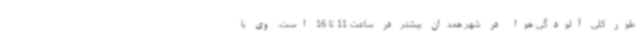
طور کلی آلودگی هوا در شهر همدان بیشتر در ساعت 11 تا 16 است. وی با